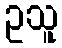
ဥသူ